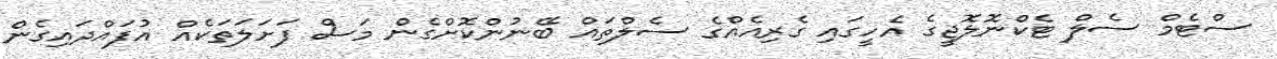
ސްޓެމް ސެލް ޓެކްނޮލޮޖީގެ އެހީގައި ގެރިއެއްގެ ސެލްތައް ބޭނުންކޮށްގެން މަސް ފަށަލަތަކެއް އުފައްދައިގެން